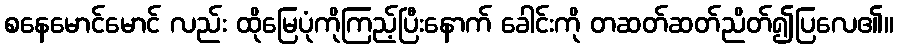
စနေမောင်မောင် လည်း ထိုမြေပုံကိုကြည့်ပြီးနောက် ခေါင်းကို တဆတ်ဆတ်ညိတ်၍ပြလေ၏။